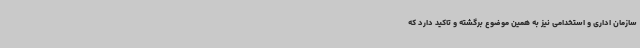
سازمان اداری و استخدامی نیز به همین موضوع برگشته و تاکید دارد که